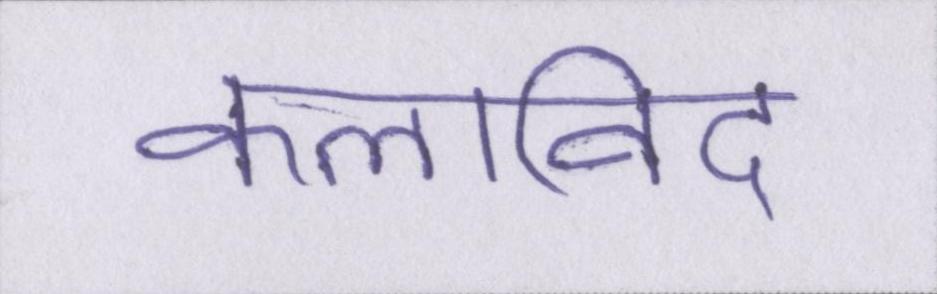
कलाविद